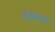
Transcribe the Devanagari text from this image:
दबलं